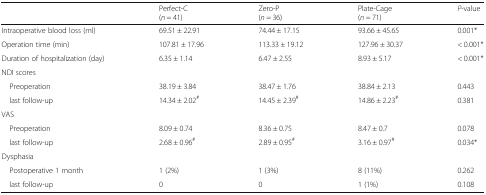
|  | Perfect-C(n = 41) | Zero-P(n = 36) | Plate-Cage(n = 71) | P-value |
 | --- | --- | --- | --- | --- |
 | Intraoperative blood loss (ml) | 69.51 ± 22.91 | 74.44 ± 17.15 | 93.66 ± 45.65 | 0.001* |
 | Operation time (min) | 107.81 ± 17.96 | 113.33 ± 19.12 | 127.96 ± 30.37 | < 0.001* |
 | Duration of hospitalization (day) | 6.35 ± 1.14 | 6.47 ± 2.55 | 8.93 ± 5.17 | < 0.001* |
 | <COLSPAN=5> NDI scores |
 | Preoperation | 38.19 ± 3.84 | 38.47 ± 1.76 | 38.84 ± 2.13 | 0.443 |
 | last follow-up | 14.34 ± 2.02# | 14.45 ± 2.39# | 14.86 ± 2.23# | 0.381 |
 | <COLSPAN=5> VAS |
 | Preoperation | 8.09 ± 0.74 | 8.36 ± 0.75 | 8.47 ± 0.7 | 0.078 |
 | last follow-up | 2.68 ± 0.96# | 2.89 ± 0.95# | 3.16 ± 0.97# | 0.034* |
 | <COLSPAN=5> Dysphasia |
 | Postoperative 1 month | 1 (2%) | 1 (3%) | 8 (11%) | 0.262 |
 | last follow-up | 0 | 0 | 1 (1%) | 0.108 |